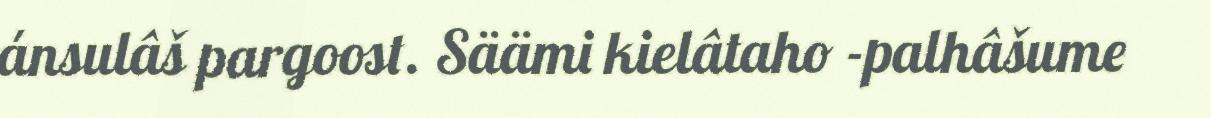
ánsulâš pargoost. Säämi kielâtaho -palhâšume